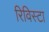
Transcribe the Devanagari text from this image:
रिविस्टा